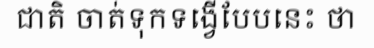
ជាតិ ចាត់ទុកទង្វើបែបនេះ ថា